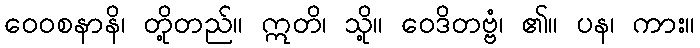
ဝေဝစနာနိ၊ တို့တည်။ ဣတိ၊ သို့။ ဝေဒိတဗ္ဗံ၊ ၏။ ပန၊ ကား။